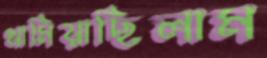
থামিয়াছিলাম